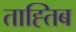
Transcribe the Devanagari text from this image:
ताह्तिब